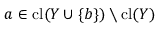
a \in \operatorname { c l } ( Y \cup \{ b \} ) \setminus \operatorname { c l } ( Y )